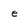
Character: e